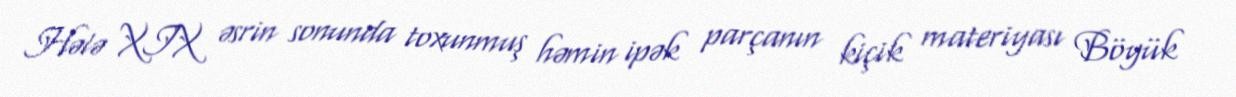
Hələ XIX əsrin sonunda toxunmuş həmin ipək parçanın kiçik materiyası Böyük